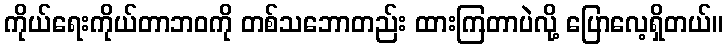
ကိုယ်ရေးကိုယ်တာဘဝကို တစ်သဘောတည်း ထားကြတာပဲလို့ ပြောလေ့ရှိတယ်။